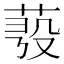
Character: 𦲗